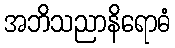
အဘိသညာနိရောဓံ